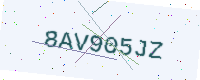
Text: 8AV905JZ